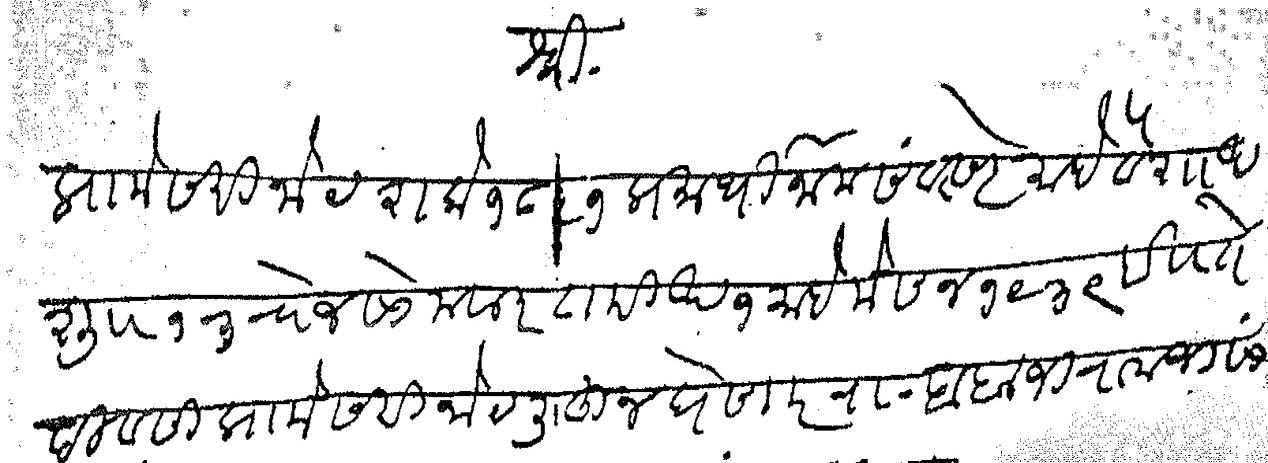
Transliteration (Devanagari): श्री प्रामेसरी नोट शके १८५९ प्रमाथी नाम संवत्सरे माहे वैशाख शु १३ रोज सोमवार तारीख १ माहे में सन १९३९ इ ते दिवसी प्रामेसरी नोट लिहून घेणार रा बाबाजी रामजी सांळूके